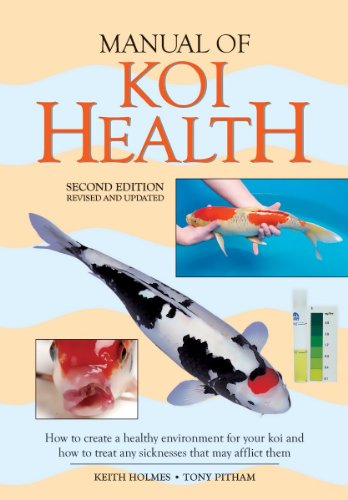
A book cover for Manual of Koi Health: How to Create a Healthy Environment for Your Koi and How to Treat Any Sickness that May Afflict Them; Tony Pitham; Crafts, Hobbies & Home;